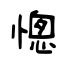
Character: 憁